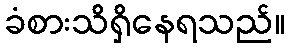
ခံစားသိရှိနေရသည်။